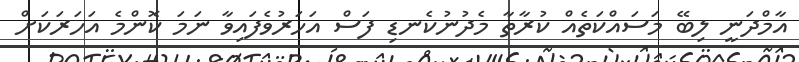
އާމްދަނީ ލިބޭ މަސައްކަތެއް ކުރާތާ މެދުނުކެނޑި ފަސް އަހަރުވެފައިވާ ނަމަ ކޮންމެ އަހަރަކަށް